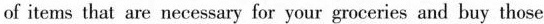
of items that are necessary for your groceries and buy those